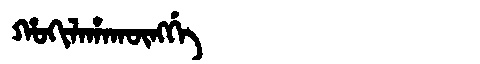
Manchu: ᡥᠣᡴᡳᠯᠠᡥᠠᡴᡡᠩᡤᡝ
Romanization: HOKILAHAKŪNGGE